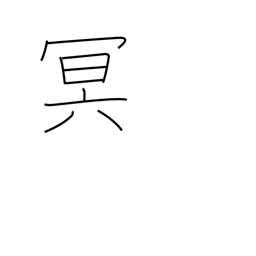
Meaning: dark